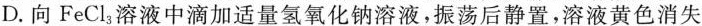
D.向FeCl_{3}溶液中滴加适量氢氧化钠溶液，振荡后静置，溶液黄色消失